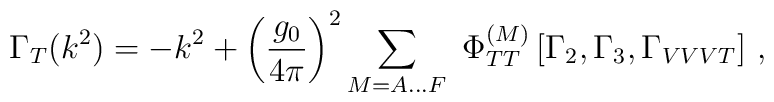
\Gamma_{T} (k^{2}) = - k^{2} + \left( \frac{g_{0}}{4 \pi} \right)^{2}\sum \limits_{M = A \ldots F} \, \, \Phi^{(M)}_{TT}\left[ \Gamma_{2}, \Gamma_{3}, \Gamma_{VVVT} \right] \, ,